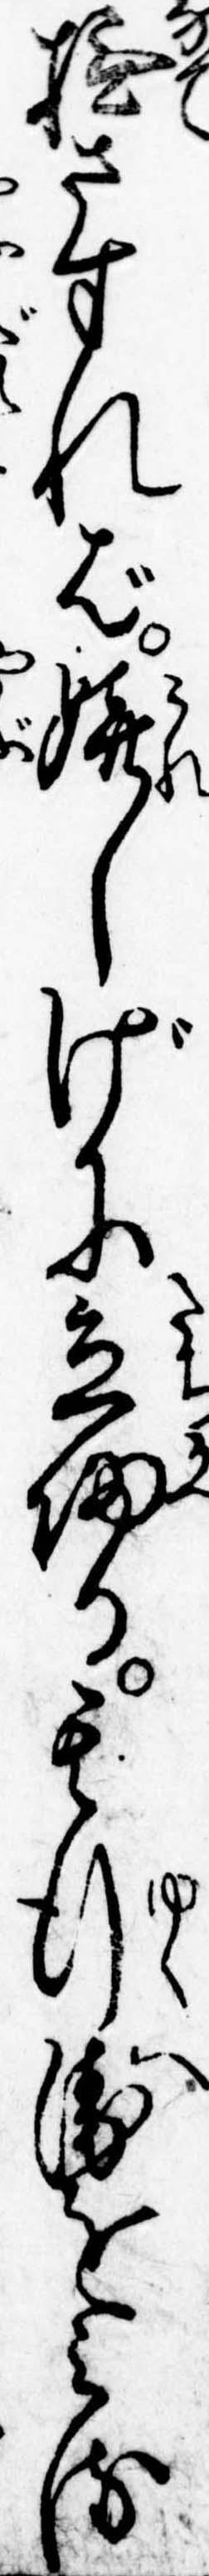
撫さすれば嬉しげに立帰る其行衛をみる